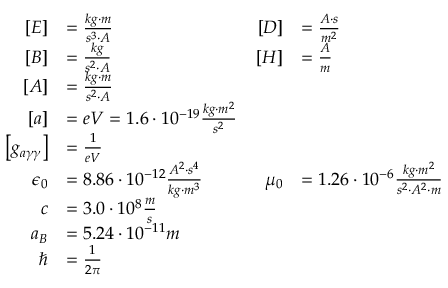
\begin{array} { r l r l } { \left[ E \right] } & { = \frac { k g \cdot m } { s ^ { 3 } \cdot A } \qquad } & { \left[ D \right] } & { = \frac { A \cdot s } { m ^ { 2 } } } \\ { \left[ B \right] } & { = \frac { k g } { s ^ { 2 } \cdot A } \qquad } & { \left[ H \right] } & { = \frac { A } { m } } \\ { \left[ A \right] } & { = \frac { k g \cdot m } { s ^ { 2 } \cdot A } } \\ { \left[ a \right] } & { = e V = 1 . 6 \cdot 1 0 ^ { - 1 9 } \frac { k g \cdot m ^ { 2 } } { s ^ { 2 } } } \\ { \left[ g _ { a \gamma \gamma } \right] } & { = \frac { 1 } { e V } } \\ { \epsilon _ { 0 } } & { = 8 . 8 6 \cdot 1 0 ^ { - 1 2 } \frac { A ^ { 2 } \cdot s ^ { 4 } } { k g \cdot m ^ { 3 } } \qquad } & { \mu _ { 0 } } & { = 1 . 2 6 \cdot 1 0 ^ { - 6 } \frac { k g \cdot m ^ { 2 } } { s ^ { 2 } \cdot A ^ { 2 } \cdot m } } \\ { c } & { = 3 . 0 \cdot 1 0 ^ { 8 } \frac { m } { s } } \\ { a _ { B } } & { = 5 . 2 4 \cdot 1 0 ^ { - 1 1 } m } \\ { \hbar } & { = \frac { 1 } { 2 \pi } } \end{array}